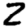
Digit: 2